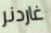
غاردنر